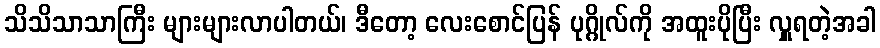
သိသိသာသာကြီး များများလာပါတယ်၊ ဒီတော့ လေးစောင်ပြန် ပုဂ္ဂိုလ်ကို အထူးပိုပြီး လှူရတဲ့အခါ